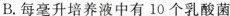
B.每毫升培养液中有10个乳酸菌